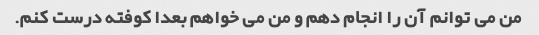
من می توانم آن را انجام دهم و من می خواهم بعدا کوفته درست کنم.